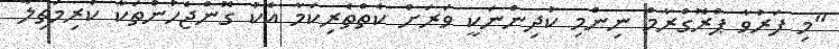
"މި ފަރުވާ ޕްރޮގްރާމް ނިންމި ކުދިންނަކީ ވަރަށް ކެތްތެރިކަމާ އެކު ގޮންޖެހުންތަކާ ކުރިމަތިލާ